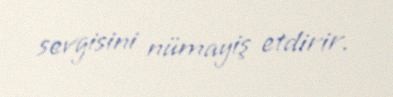
sevgisini nümayiş etdirir.